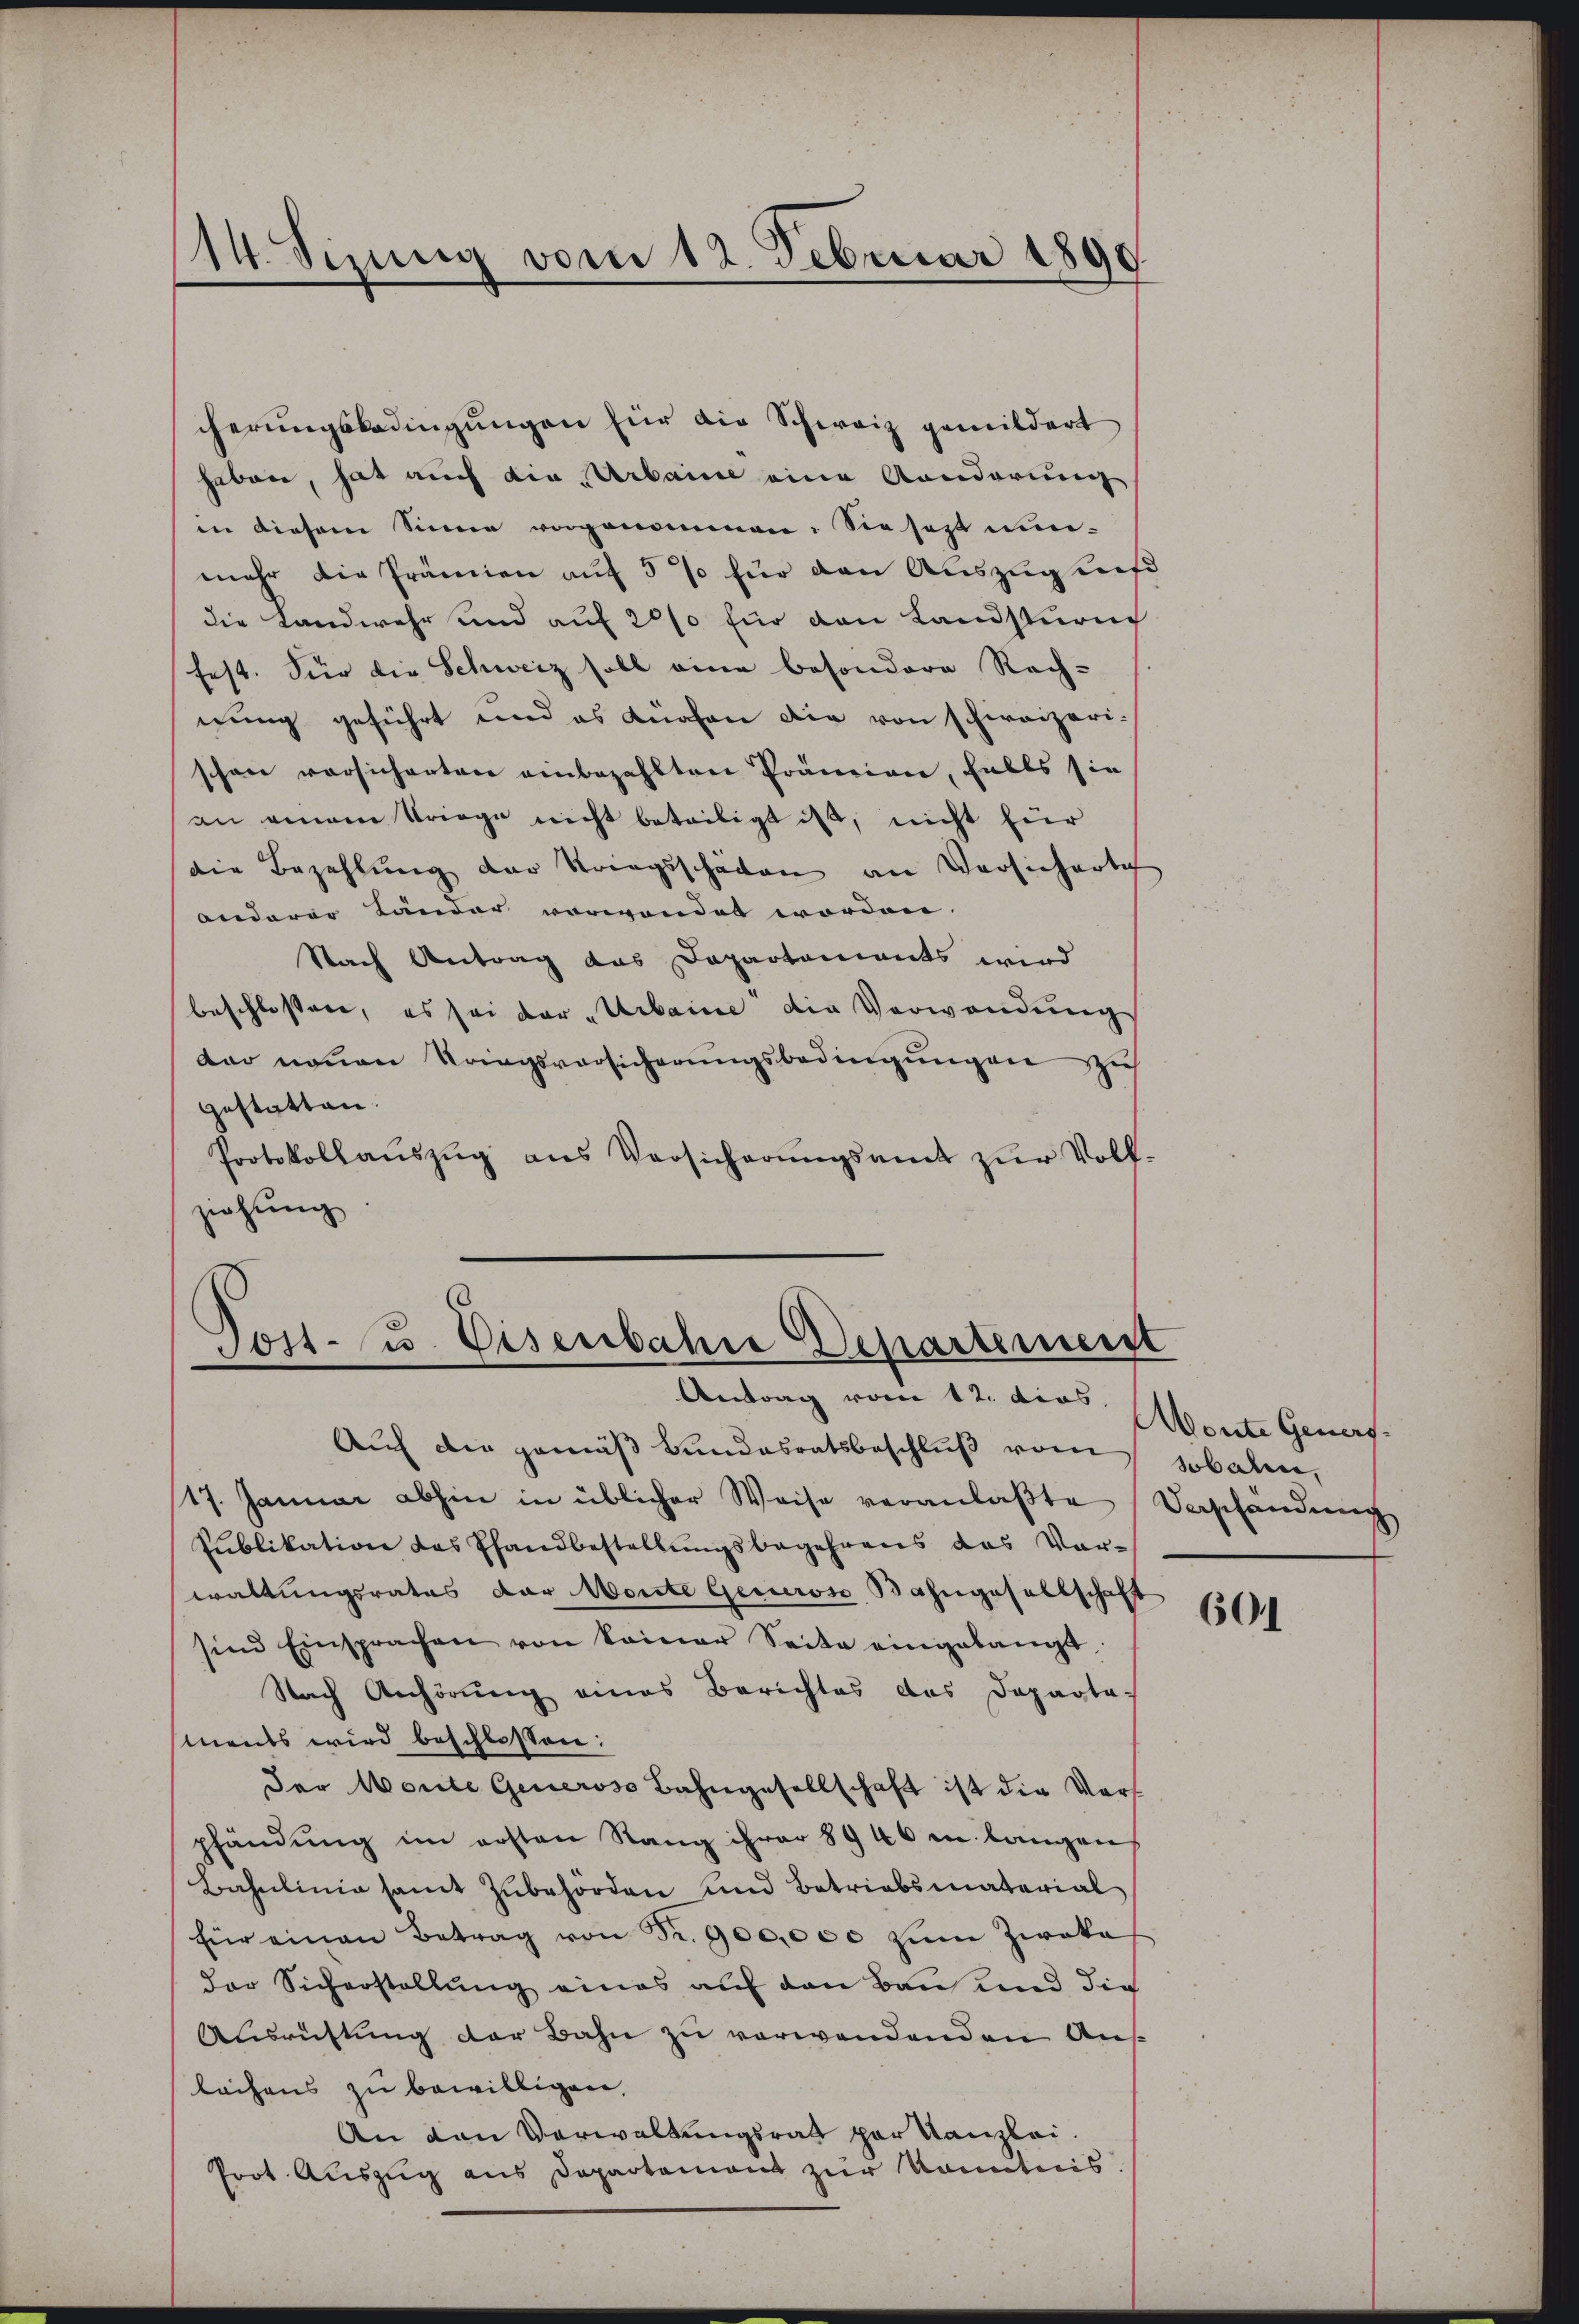
14. Sizung vom 12. Februar 1890.

cherungsbedingungen für die Schweiz gemildert
haben, hat auch die „Arbaine eine Konderung
in diesem Sinne vorgenommen. Sie sest nun-
mehr die Prämien auf 5 % für den Auszug auf
die Landwehr und auf 200 für den Landsturn
fest. Für die Schweiz soll eine besondere Rech-
nung geführt und es dürfen die von schweizerischon vorsicherten einbezahlten Prämien, falls sie
an einem Kriege nicht beteiligt ist, nicht für
die Bezahlung der Kriegsschäden an Versicherte
anderer Länder verwendet worden. |
Nach Antrag das Departements wird
beschlossen, es sei der „Urbaine die Verwendung
der neuen Kriegsvorsicherungsbedingungen zus
gestatten.
Protokollaŭszŭg ans Versicherŭngsamt zŭr Voll-
ziehung

Jost 3. Disenbahre Departemenst
Antrag vom 12. dies

Auch die gemäß Bundesratsbeschluß vom
17. Januar abhin in üblicher Weise veranlaßte Verschändung
Publikation das Pfandbestellŭngsbegehrens das Vor-
waltungsrates der Monte Generose Bahngesellschaft
sind Einsprachen von keiner Seite eingelangt
Nach Anhörung eines Berichtes des Departa-
sments wird beschlossen:
der Worte Generoso Bahngesellschaft ist die Vors
pfändung im ersten Rang ihrer 8946 in langen
Bahnlinie samt zŭbehörden und Betriebsmaterial
für einen Betrag von Fr. 900,000 zŭm Zwaka
der Sicherstellung eines auf den Bau und die
Ausrüstung der Bahn zu verwendenden Aus
lächens zu bewilligen,
An den Verwaltungsrath par Kanzlei.
Prot. Auszug aus Departement zur kanntnis

Monte Geners.
sobalen.

601